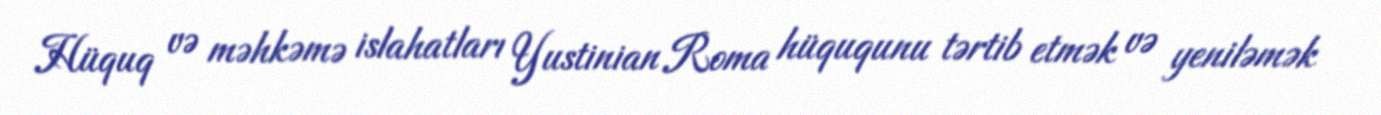
Hüquq və məhkəmə islahatları Yustinian Roma hüququnu tərtib etmək və yeniləmək